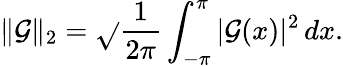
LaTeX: \| \mathcal{G}\| _{2}={\sqrt{}{{{\frac{{1}}{{2\pi}}}\int_{-\pi}^{\pi}|\mathcal{G}(x)|^{2}\, dx}}}.